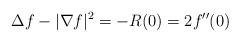
LaTeX: \begin{align*}\Delta f -|\nabla f|^2 = - R(0) = 2f''(0)\end{align*}